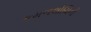
કમળલોચિની